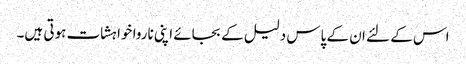
اس کے لئے ان کے پاس دلیل کے بجائے اپنی ناروا خواہشات ہوتی ہیں۔